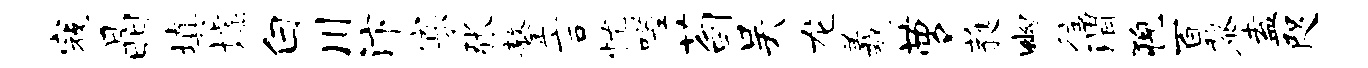
寇晶填墟白川汴寡张鏊言忧嗟荀吴龙羲萝蕤幽往渭猊百黎盍咫